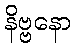
နိဗ္ဗနော